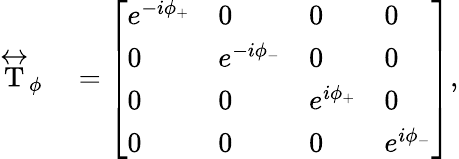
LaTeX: \begin{array}{rl}{\stackrel{\leftrightarrow}{\mathrm{T}}_{\phi}}&{{}=\left[\begin{array}{llll}{e^{-i\phi_{+}}}&{0}&{0}&{0}\\ {0}&{e^{-i\phi_{-}}}&{0}&{0}\\ {0}&{0}&{e^{i\phi_{+}}}&{0}\\ {0}&{0}&{0}&{e^{i\phi_{-}}}\end{array}\right],}\end{array}